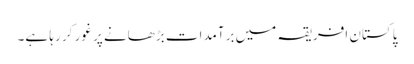
پاکستان افریقہ میں برآمدات بڑھانے پر غور کر رہا ہے۔